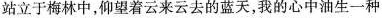
站立于梅林中，仰望着云来云去的蓝天，我的心中油生一种